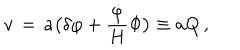
LaTeX: v \, = \, a \bigl ( \delta \varphi + { \frac { { \dot { \varphi } } } { H } } \Phi \bigr ) \equiv a Q \, ,